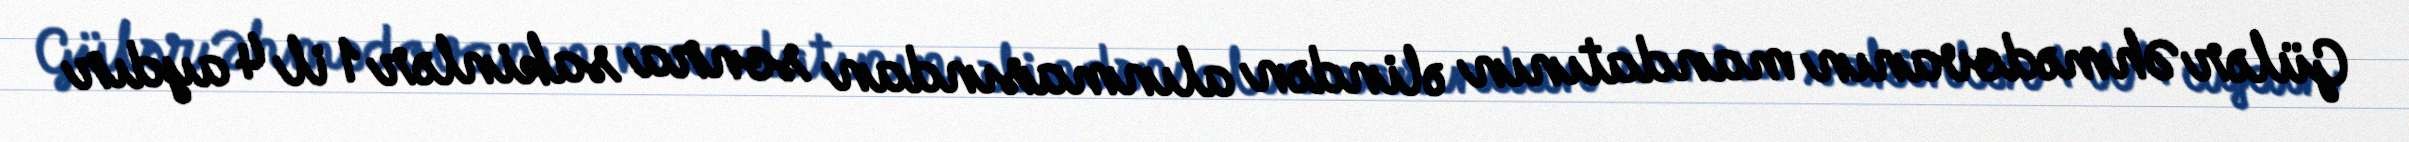
Gülər Əhmədovanın mandatının əlindən alınmasından sonra sakinlər 1 il 4 aydır